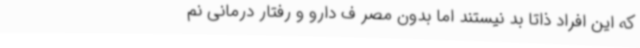
که این افراد ذاتا بد نیستند اما بدون مصر ف دارو و رفتار درمانی نم